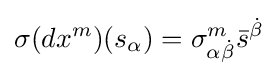
\sigma (dx^{m})(s_{\alpha })=\sigma _{\alpha {\dot {\beta }}}^{m}{\bar {s}}^{\dot {\beta }}